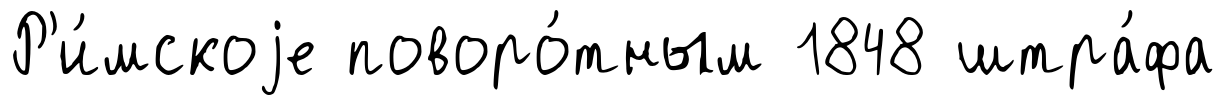
Р'и́мскоjе поворо́тным 1848 штра́фа